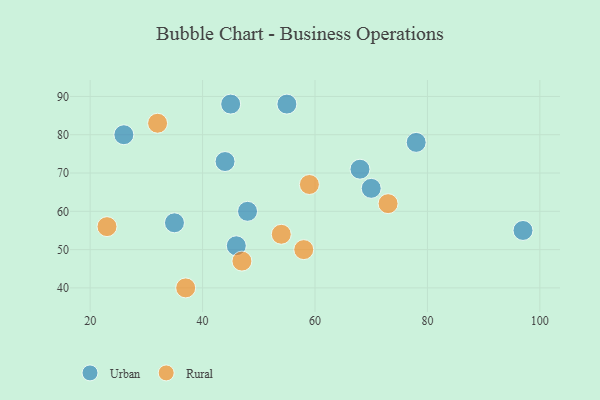
{"axis": {"x": "GDP", "y": "Life Expectancy"}, "legend": ["Rural", "Urban"], "data": [{"x": "97", "y": 55, "type": "Urban"}, {"x": "44", "y": 73, "type": "Urban"}, {"x": "55", "y": 88, "type": "Urban"}, {"x": "70", "y": 66, "type": "Urban"}, {"x": "68", "y": 71, "type": "Urban"}, {"x": "35", "y": 57, "type": "Urban"}, {"x": "26", "y": 80, "type": "Urban"}, {"x": "45", "y": 88, "type": "Urban"}, {"x": "46", "y": 51, "type": "Urban"}, {"x": "78", "y": 78, "type": "Urban"}, {"x": "48", "y": 60, "type": "Urban"}, {"x": "47", "y": 47, "type": "Rural"}, {"x": "54", "y": 54, "type": "Rural"}, {"x": "58", "y": 50, "type": "Rural"}, {"x": "37", "y": 40, "type": "Rural"}, {"x": "23", "y": 56, "type": "Rural"}, {"x": "73", "y": 62, "type": "Rural"}, {"x": "59", "y": 67, "type": "Rural"}, {"x": "32", "y": 83, "type": "Rural"}]}